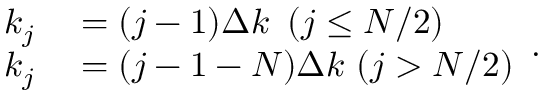
\begin{array} { r } { \begin{array} { r l } { k _ { j } } & { { } = ( j - 1 ) \Delta k \, \, \, ( j \le N / 2 ) } \\ { k _ { j } } & { { } = ( j - 1 - N ) \Delta k \, \, ( j > N / 2 ) } \end{array} . } \end{array}